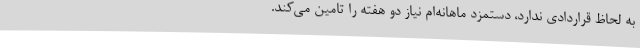
به لحاظ قراردادی ندارد، دستمزد ماهانه‌ام نیاز دو هفته را تامین می‌کند.